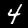
Label: 4